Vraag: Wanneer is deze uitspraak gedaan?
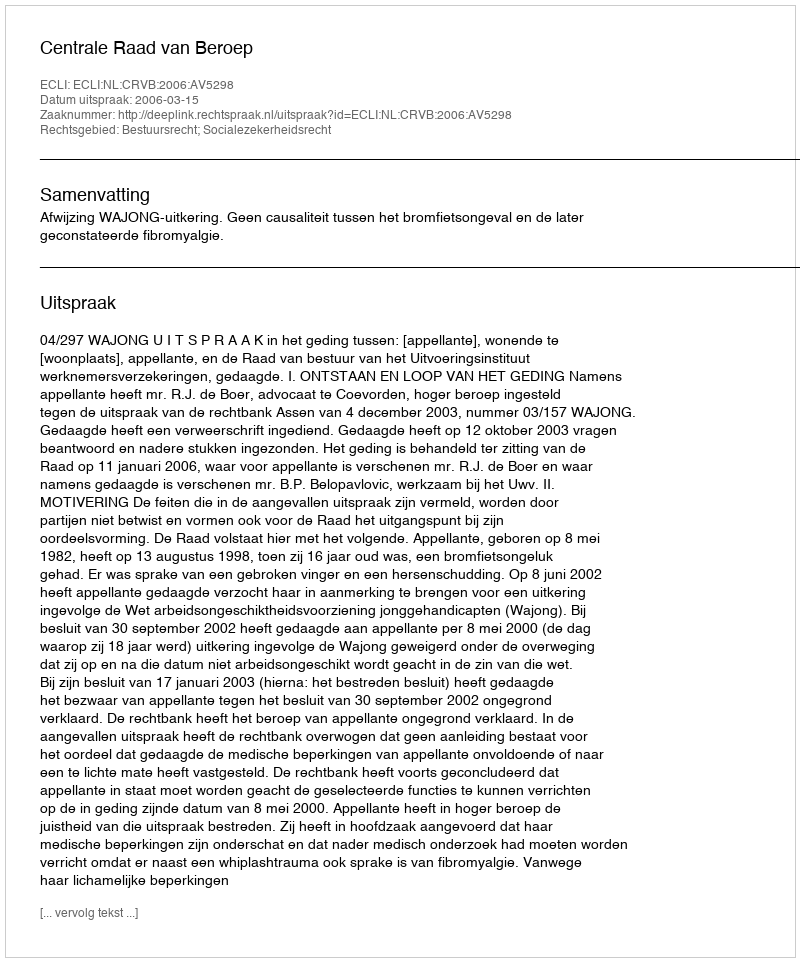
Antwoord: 2006-03-15